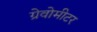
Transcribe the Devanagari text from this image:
ग्रेवोमीटर